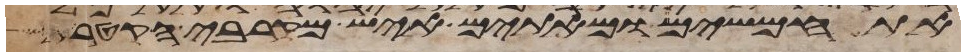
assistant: את חמשים ומאתים איש מקרבי הקטרת